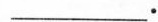
___.